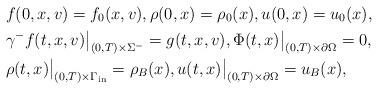
LaTeX: \begin{align*}&f(0,x,v)=f_{0}(x,v),\rho(0,x)=\rho_0(x),u(0,x)=u_0(x),\\&\gamma^-f(t,x,v)\big|_{(0,T)\times\Sigma^-}=g(t,x,v),\Phi(t,x)\big|_{(0,T)\times\partial\Omega}=0,\\&\rho(t,x)\big|_{(0,T)\times\Gamma_{\rm{in}}}=\rho_B(x),u(t,x)\big|_{(0,T)\times\partial\Omega}=u_B(x),\end{align*}